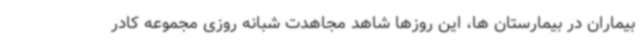
بیماران در بیمارستان ها، این روزها شاهد مجاهدت شبانه روزی مجموعه کادر